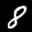
Label: 8